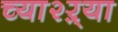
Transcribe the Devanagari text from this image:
च्या२ऱ्या